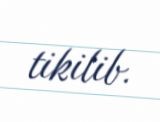
tikilib.